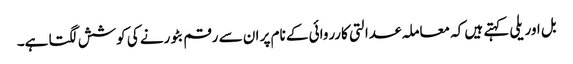
بل اوریلی کہتے ہیں کہ معاملہ عدالتی کارروائی کے نام پر ان سے رقم بٹورنے کی کوشش لگتا ہے۔